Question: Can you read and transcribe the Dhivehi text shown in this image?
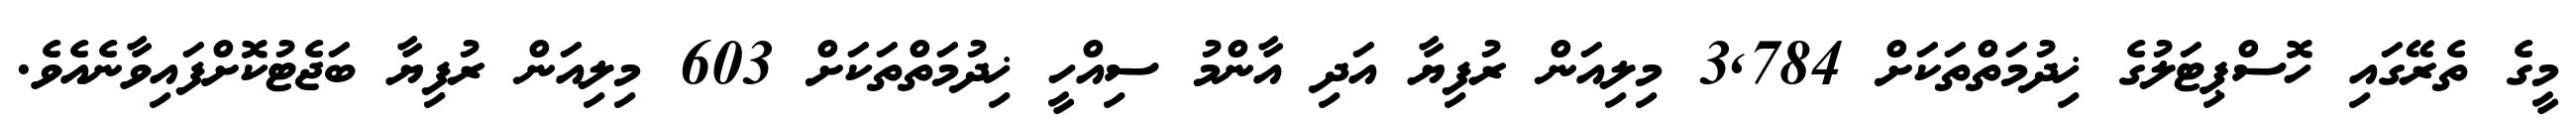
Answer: މީގެ ތެރޭގައި ހޮސްޕިޓަލުގެ ޚިދުމަތްތަކަށް 3,784 މިލިއަން ރުފިޔާ އަދި އާންމު ސިއްހީ ޚިދުމަތްތަކަށް 603 މިލިއަން ރުފިޔާ ބަޖެޓުކޮށްފައިވާނެއެވެ.